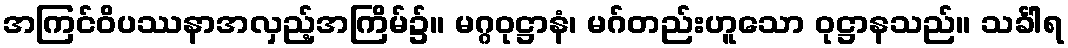
အကြင်ဝိပဿနာအလှည့်အကြိမ်၌။ မဂ္ဂဝုဋ္ဌာနံ၊ မဂ်တည်းဟူသော ဝုဋ္ဌာနသည်။ သင်္ခါရ